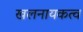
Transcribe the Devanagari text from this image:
खलनायकत्व